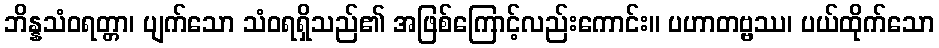
ဘိန္နသံဝရတ္တာ၊ ပျက်သော သံဝရရှိသည်၏ အဖြစ်ကြောင့်လည်းကောင်း။ ပဟာတဗ္ဗဿ၊ ပယ်ထိုက်သော